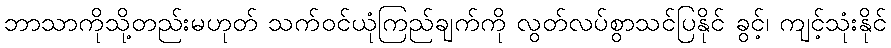
ဘာသာကိုသို့တည်းမဟုတ် သက်ဝင်ယုံကြည်ချက်ကို လွတ်လပ်စွာသင်ပြနိုင် ခွင့်၊ ကျင့်သုံးနိုင်